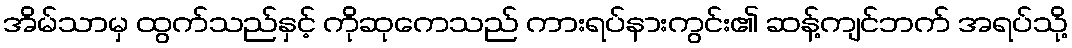
အိမ်သာမှ ထွက်သည်နှင့် ကိုဆုကေသည် ကားရပ်နားကွင်း၏ ဆန့်ကျင်ဘက် အရပ်သို့